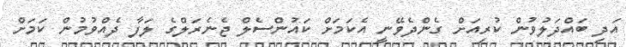
އަދި ބައްދަލުވުން ކުރިއަށް ގެންދެވޭނީ އެކަމަށް ކައުންސެލް ޖެނެރަލްގެ ލަފާ ދެއްވުމުން ކަމަށް